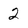
Character: 2